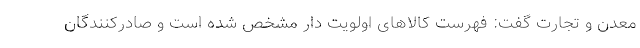
معدن و تجارت گفت: فهرست کالاهای اولویت دار مشخص شده است و صادرکنندگان